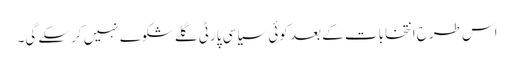
اس طرح انتخابات کے بعد کوئی سیاسی پارٹی گلے شکوے نہیں کرسکے گی۔